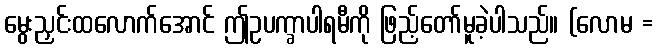
မွေးညှင်းထလောက်အောင် ဤဥပက္ခာပါရမီကို ဖြည့်တော်မူခဲ့ပါသည်။ (လောမ =